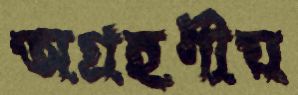
অগ্রহণীয়